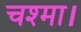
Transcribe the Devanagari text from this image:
चश्मा।